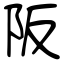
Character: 阪